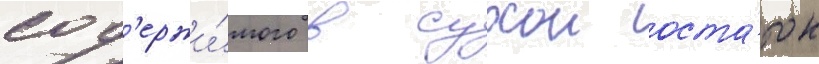
сод'ержи́мого в сухои оста́ток